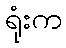
ရုံးက